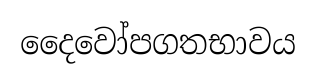
දෛවෝපගතභාවය